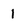
Character: I